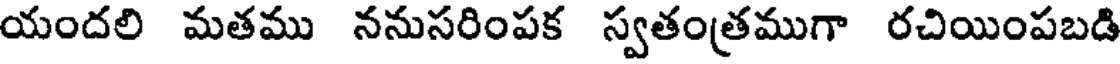
యందలి మతము ననుసరింపక స్వతంత్రముగా రచియింపబడి